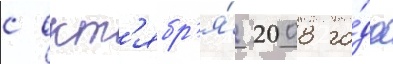
с окт'ябр'я́ 2008 го́да